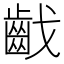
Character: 𪗠